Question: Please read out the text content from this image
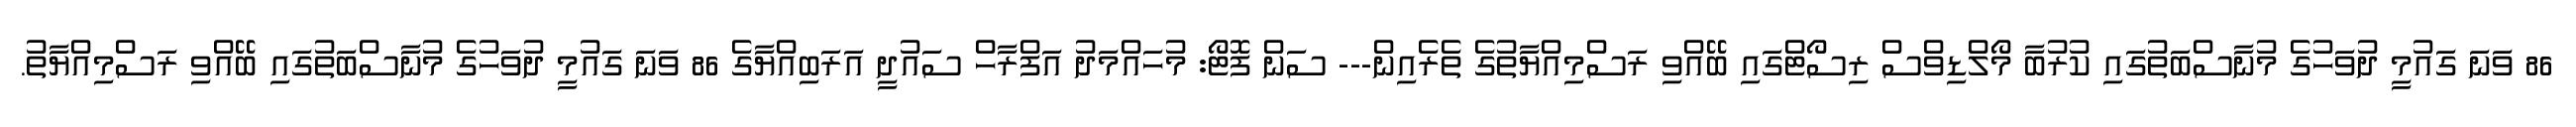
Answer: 86 ވަނަ ގައުމީ ދުވަހުގެ މުނާސްބަތުގައި ކުރުބާ މޯލްޑިވްސް ރިސޯޓްގައި ބޭއްވި ރަސްމިއްޔާތުގެ ތެރެއިން--- ސަން ފޮޓޯ: މުހައްމަދު އަފްރާހް ސައުދީ އަރަބިއްޔާގެ 86 ވަނަ ގައުމީ ދުވަހުގެ މުނާސްބަތުގައި ބޭއްވި ރަސްމިއްޔާތު.